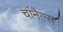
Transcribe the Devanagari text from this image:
चांनेल्स